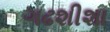
ગઢશીશા